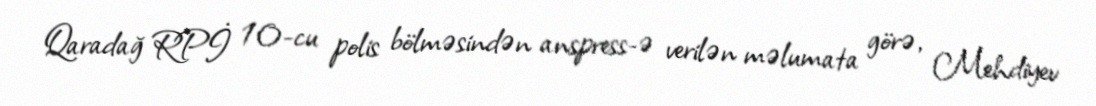
Qaradağ RPİ 10-cu polis bölməsindən anspress-ə verilən məlumata görə, Mehdiyev